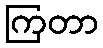
ကြတာ